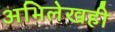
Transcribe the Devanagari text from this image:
अभिलेखही